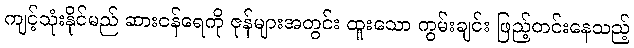
ကျင့်သုံးနိုင်မည် ဆားငန်ရေကို ဇုန်များအတွင်း ထူးသော ကွမ်းချင်း ဖြည့်တင်းနေသည့်